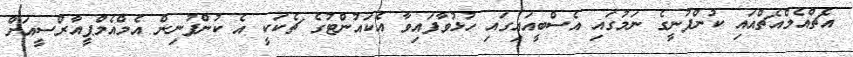
އެޗްއެމްއެޗްއައި ކުންފުނީގެ ނަމުގައި އެސްބީއައިގައި ހުޅުވާފައިވާ އެކައުންޓުގެ ޗެކަކީ އެ ކުންފުނިން އެމްއެމްޕީއާރްސީއަށް